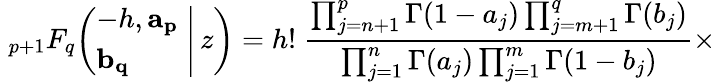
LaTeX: \; _{p+1}F_{q}\! \left(\left.{\begin{array}{l}{-h,\mathbf{a_{p}}}\\ {\mathbf{b_{q}}}\end{array}}\; \right|\, z\right)=h!\; {\frac{\prod_{j=n+1}^{p}\Gamma(1-a_{j})\prod_{j=m+1}^{q}\Gamma(b_{j})}{\prod_{j=1}^{n}\Gamma(a_{j})\prod_{j=1}^{m}\Gamma(1-b_{j})}}\times